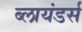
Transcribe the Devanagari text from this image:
ब्लायंडर्स